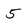
Character: 5